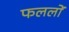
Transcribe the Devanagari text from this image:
फललों